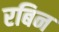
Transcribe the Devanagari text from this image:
रबिन